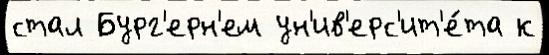
стал Бург'ерн'ем ун'ив'ерс'ит'е́та к